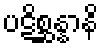
ပဋိစ္ဆန္နာနိ